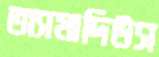
অ্যামাদিউস